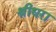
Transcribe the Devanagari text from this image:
श्रीधरा